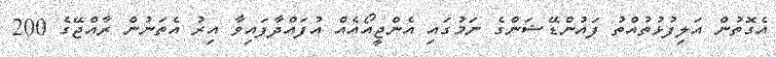
އެގޮތުން އަލިފުޅުތުއްތު ފައުންޑޭޝަންގެ ނަމުގައި އެންޖީއޯއެއް އުފައްދާފައިވާ އިރު އެތަނުން ރާއްޖޭގެ 200